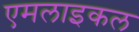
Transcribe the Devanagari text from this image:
एमलाइकल